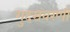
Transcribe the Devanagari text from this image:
गुदसंवरणी